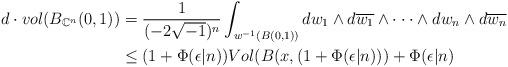
LaTeX: \begin{align*}\begin{aligned}d\cdot vol(B_{\mathbb{C}^n}(0, 1)) &= \frac{1}{(-2\sqrt{-1})^n}\int_{w^{-1}(B(0, 1))}dw_1\wedge d\overline{w_1}\wedge\cdot\cdot\cdot\wedge dw_n\wedge d\overline{w_n}\\&\leq (1+\Phi(\epsilon|n))Vol(B(x, (1+\Phi(\epsilon|n)))+\Phi(\epsilon|n)\end{aligned}\end{align*}